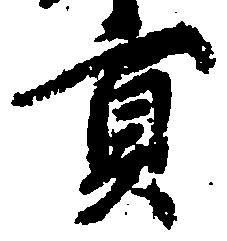
貢